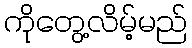
ကိုတွေ့လိမ့်မည်